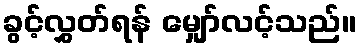
ခွင့်လွှတ်ရန် မျှော်လင့်သည်။